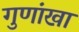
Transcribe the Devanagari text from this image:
गुणांखा